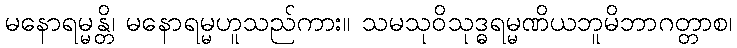
မနောရမ္မန္တိ၊ မနောရမ္မဟူသည်ကား။ သမသုဝိသုဒ္ဓရမ္မဏိယဘူမိဘာဂတ္တာစ၊